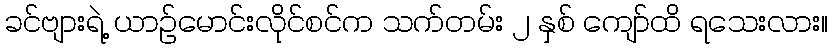
ခင်ဗျားရဲ့ ယာဉ်မောင်းလိုင်စင်က သက်တမ်း ၂ နှစ် ကျော်ထိ ရသေးလား။